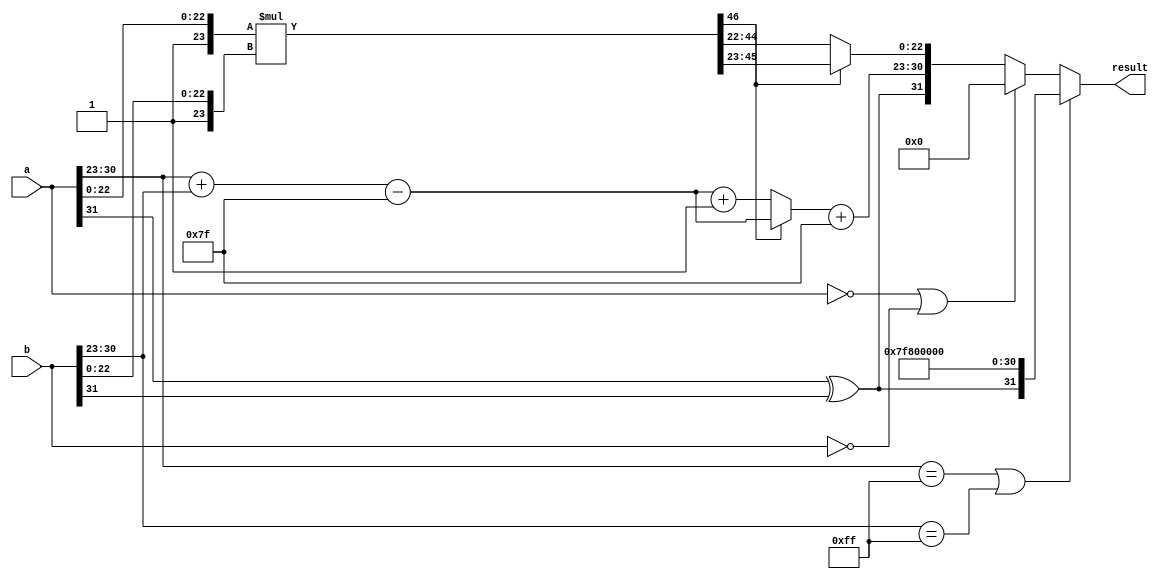
module floating_point_multiplier (
    input  wire [31:0] a,          // First floating-point number
    input  wire [31:0] b,          // Second floating-point number
    output reg  [31:0] result       // Result of multiplication
);

    // Internal signals
    wire sign_a = a[31];
    wire sign_b = b[31];
    wire [7:0] exponent_a = a[30:23];
    wire [7:0] exponent_b = b[30:23];
    wire [22:0] mantissa_a = a[22:0];
    wire [22:0] mantissa_b = b[22:0];

    reg sign_result;
    reg [7:0] exponent_result;
    reg [46:0] mantissa_result; // 23 + 23 bits for multiplication
    reg [23:0] normalized_mantissa; // 24 bits for normalized mantissa
    reg [7:0] final_exponent;
    reg [7:0] bias = 8'd127;

    always @(*) begin
        // Step 1: Calculate sign of result
        sign_result = sign_a ^ sign_b;

        // Step 2: Calculate exponent
        exponent_result = exponent_a + exponent_b - bias;

        // Step 3: Calculate mantissa
        mantissa_result = {1'b1, mantissa_a} * {1'b1, mantissa_b}; // Implicit leading 1

        // Step 4: Normalize mantissa
        if (mantissa_result[46]) begin
            // Already normalized
            normalized_mantissa = mantissa_result[46:23];
            final_exponent = exponent_result; // No change
        end else begin
            // Shift right until normalized
            normalized_mantissa = mantissa_result[45:22]; // Shift right by 1
            final_exponent = exponent_result + 1; // Increment exponent
        end

        // Step 5: Assemble final result
        result = {sign_result, final_exponent + bias, normalized_mantissa[22:0]};
        
        // Handle special cases (zero, infinity, NaN)
        if (exponent_a == 8'b11111111 || exponent_b == 8'b11111111) begin
            // One of the inputs is infinity or NaN
            result = {sign_result, 8'b11111111, 23'b0}; // Result is infinity
        end else if (a == 32'b0 || b == 32'b0) begin
            // One of the inputs is zero
            result = 32'b0; // Result is zero
        end
    end

endmodule